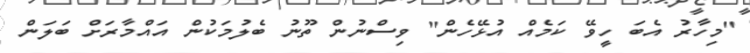
"މިހާރު އެބަ ހީވޭ ކަމެއް އުޅޭހެން" ވިސްނުން ތޫނު ބެލުމަކުން އައްމާރަށް ބަލަން